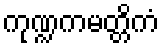
ကုဏ္ဍကမတ္တိကံ